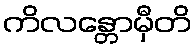
ကိလန္တောမှီတိ